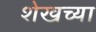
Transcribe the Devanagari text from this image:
शेखच्या